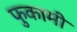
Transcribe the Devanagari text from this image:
फुकामी